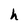
Character: h